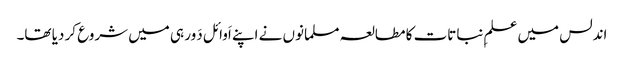
اندلس میں علمِ نباتات کا مطالعہ مسلمانوں نے اپنے اَوائل دَور ہی میں شروع کر دیا تھا۔